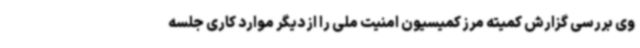
وی بررسی گزارش کمیته مرز کمیسیون امنیت ملی را از دیگر موارد کاری جلسه